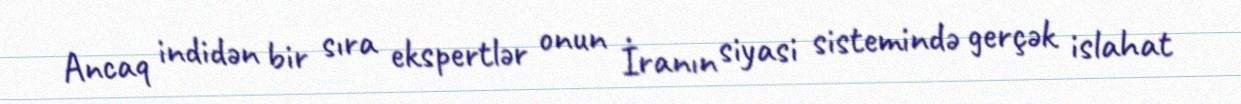
Ancaq indidən bir sıra ekspertlər onun İranın siyasi sistemində gerçək islahat